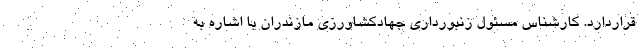
قراردارد. کارشناس مسئول زنبورداری جهادکشاورزی مازندران با اشاره به